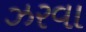
ઝરવા